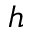
h